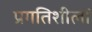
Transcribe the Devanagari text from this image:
प्रगतिशीलों